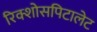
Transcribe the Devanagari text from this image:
रिक्शोसपिटालेट